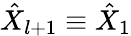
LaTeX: {\hat{X}}_{l+1}\equiv{\hat{X}}_{1}